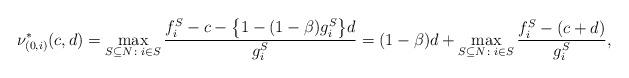
LaTeX: \begin{align*}\nu_{(0, i)}^*(c, d) = \max_{S \subseteq N\colon i \in S} \frac{f_i^S - c - \big\{1 - (1-\beta) g_i^S\big\} d}{g_i^S} = (1-\beta) d + \max_{S \subseteq N\colon i \in S} \frac{f_i^S - (c+d)}{g_i^S},\end{align*}